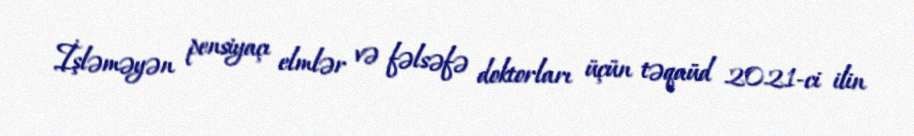
İşləməyən pensiyaçı elmlər və fəlsəfə doktorları üçün təqaüd 2021-ci ilin